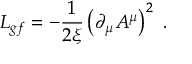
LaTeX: { \cal L } _ { g f } = - \frac { 1 } { 2 \xi } \left( \partial _ { \mu } A ^ { \mu } \right) ^ { 2 } \ .